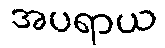
အပရာယ